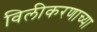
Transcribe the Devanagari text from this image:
विलीकरणाच्या